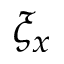
\xi _ { x }